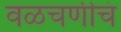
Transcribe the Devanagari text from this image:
वळचणीचं